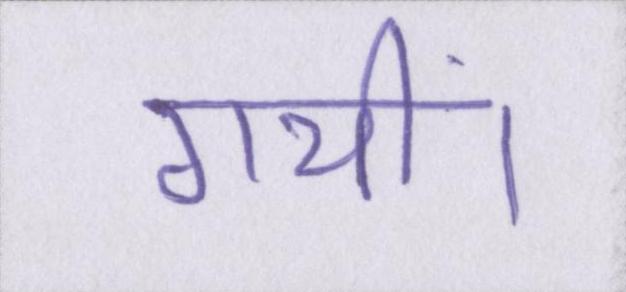
गयीं।